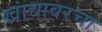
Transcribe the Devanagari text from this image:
खांद्यावरचा